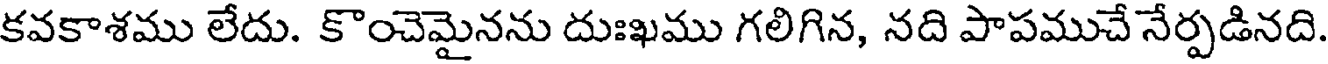
కవకాశము లేదు. కొంచెమైనను దుఃఖము గలిగిన, నది పాపముచే నేర్పడినది